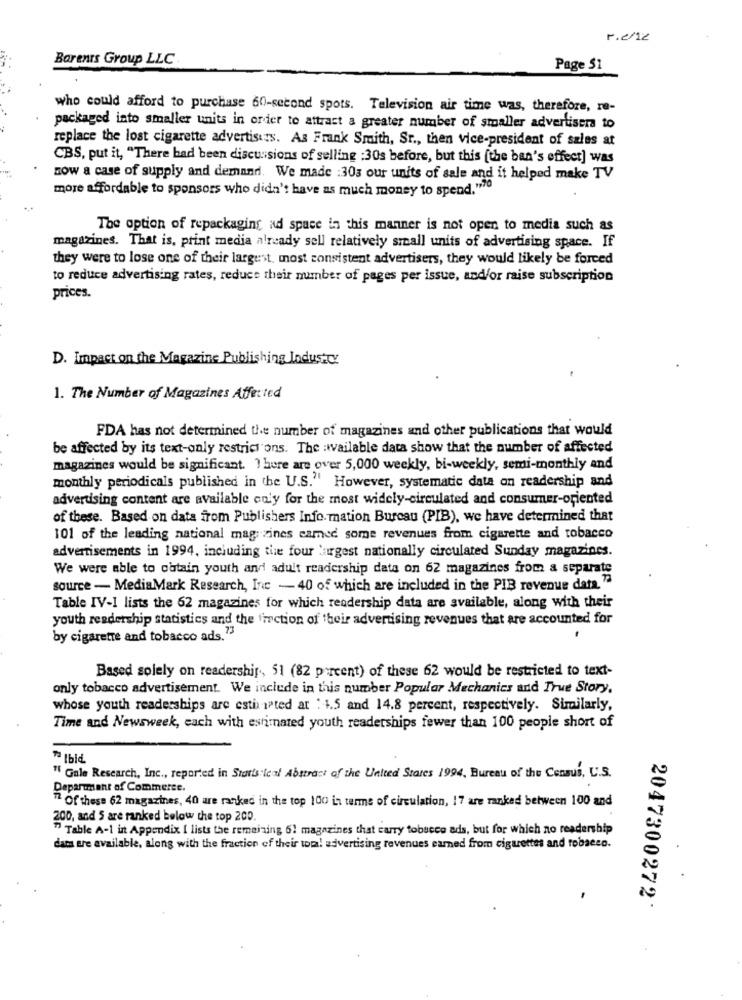
r.2/12
Barents Group LLC
Page $1
who could afford to purchase 60-second spots. Television air time was, therefore, re-
packaged into smaller units in order to attract a greater number of smaller advertisers to
replace the lost cigarette advertisits. As Frank Smith, Sr ., then vice-president of sales at
CBS, put it, "There bad been discussions of selling :30s before, but this [the ban's effect] was
now a case of supply and demand. We made :303 our units of sale and it helped make TV
more affordable to sponsors who didn't have as much money to spend."70
The option of repackaging ad space in this manner is not open to media such as
magazines. That is, print media already sell relatively small units of advertising space. If
they were to lose one of their largest. most consistent advertisers, they would likely be forced
to reduce advertising rates, reduce their number of pages per issue, and/or raise subscription
prices.
D. Impact on the Magazine Publishing Industry
1. The Number of Magazines Affected
FDA has not determined the number of magazines and other publications that would
be affected by its text-only restrict ons. The :wailable data show that the number of affected
magazines would be significant. There are over 5,000 weekly, bi-weekly, semi-monthly and
monthly periodicals published in the U.S." However, systematic data on readership and
advertising content are available only for the most widely-circulated and consumer-oriented
of these. Based on data from Publishers Info mation Bureau (PIB), we have determined that
101 of the leading national mag zines camed some revenues from cigarette and tobacco
advertisements in 1994, including the four largest nationally circulated Sunday magazines.
We were able to obtain youth and adult readership data on 62 magazines from a separate
source - MediaMark Research, Inc - 40 of which are included in the PIB revenue data. "
Table IV-I lists the 62 magazines for which readership data are available, along with their
youth readership statistics and the fraction of their advertising revenues that are accounted for
by cigarette and tobacco ads.73
Based solely on readership, 51 (82 percent) of these 62 would be restricted to text-
only tobacco advertisement. We include in this number Popular Mechanics and True Story,
whose youth readerships are estimated at : 1.5 and 14.8 percent, respectively. Similarly,
Time and Newsweek, each with estimated youth readerships fewer than 100 people short of
To Ibid
" Gale Research, Inc ., reported in Statistical Abstract of the United States 1994, Bureau of the Census, U.S.
Department of Commerce.
72 Of these 62 magazines, 40 are ranked in the top 100 in terms of circulation, 17 are ranked between 100 and
200, and 5 are ranked below the top 200.
" Table A-1 in Appendix [ lists the remaining 6! magazines that carry tobacco ads, but for which no readership
dam are available, along with the fraction of their toma! advertising revenues earned from cigarettes and tobacco.
2047300272